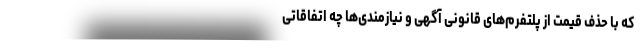
که با حذف قیمت از پلتفرم‌های قانونی آگهی و نیازمندی‌ها چه اتفاقاتی